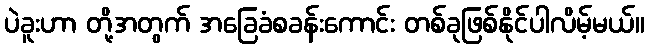
ပဲခူးဟာ တို့အတွက် အခြေခံစခန်းကောင်း တစ်ခုဖြစ်နိုင်ပါလိမ့်မယ်။